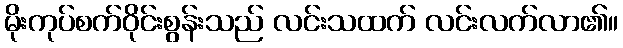
မိုးကုပ်စက်ဝိုင်းစွန်းသည် လင်းသထက် လင်းလက်လာ၏။